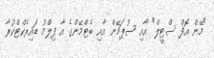
"މޭން އޮފް ސްޓީލް" އާއި ސުޕަމޭން އާއި ބެޓްމޭންގެ އާ ފިލްމު ޑައިރެކްޓްކުރާ